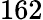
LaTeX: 162